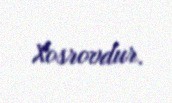
Xosrovdur.